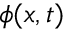
\phi ( { \boldsymbol { x } } , t )